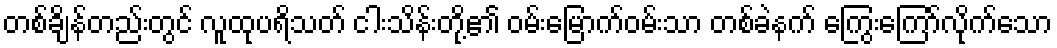
တစ်ချိန်တည်းတွင် လူထုပရိသတ် ငါးသိန်းတို့၏ ဝမ်းမြောက်ဝမ်းသာ တစ်ခဲနက် ကြွေးကြော်လိုက်သော